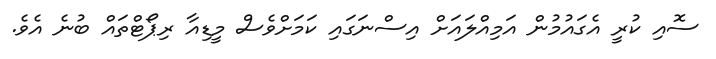
ސޮއި ކުރީ އެގައުމުން އަމިއްލައަށް އިސްނަގައި ކަމަށްވެސް މީޑިއާ ރިޕޯޓްތައް ބުނެ އެވެ.